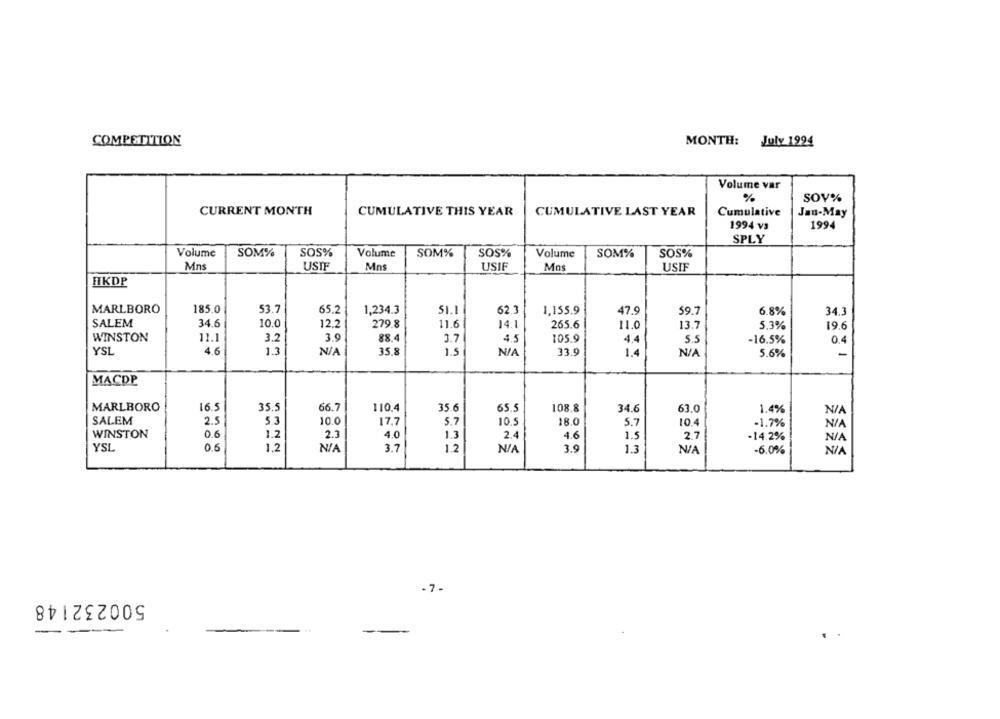
COMPETITION
MONTH: July 1994
Volume var
%
SOV%
CURRENT MONTH
CUMULATIVE THIS YEAR
CUMULATIVE LAST YEAR
Cumulative
Jan-May
1994 vs
1994
SPLY
Volume
SOM%
SOS%
Volume
SOM%
SOS%
Volume
SOM%
SOS%
Mns
USIF
Mns
USIF
Mos
USIF
HKDP
MARLBORO
185.0
53.7
65.2
1,234.3
62.3
1,155.9
47.9
59.7
51.1
6.8%
34.3
SALEM
34.6
10.0
12.2
279.8
11.6
14.1
265.6
11.0
13.7
5,3%
19.6
WINSTON
11.1
3.2
3.9
88.4
4.5
105.9
3.7
4.4
5.5
-16.5%
0.4
YSL
4.6
1.3
35.8
1.5
NIA
33.9
1.4
5.6%
-
MACDP
MARLBORO
16.5
35,5
66.7
110.4
35.6
65.5
108.8
34.6
63.0
1.4%
SALEM
2.5
5.3
10.0
17.7
5.7
10.5
18.0
5.7
10.4
-1.7%
WINSTON
0.6
1.2
2.3
4.0
1.3
2.4
4.6
1.5
2.7
-14.2%
YSL
06
1.2
3.7
1.2
3.9
1.3
-6.0%
-7.
500232148